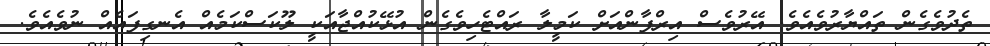
ތެދުވެގެން ތައްޔާރުވެއެވެ. އޭރުވެސް އިރްފާންއަށް ކަމީލާ ރައްޓެހިވެގެން އުޅޭކުއްޖާއަކީ ލޫކަސްކަމެއް އެނގިފައެއް ނުވެއެވެ.